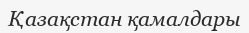
Қазақстан қамалдары